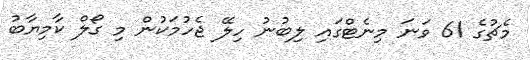
މެޗުގެ 61 ވަނަ މިނެޓްގައި ލިބުނު ހިލޭ ޖެހުމަކުން މި ގޯލް ކާމިޔާބު